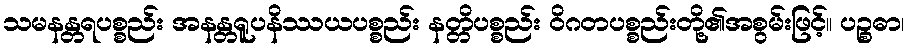
သမနန္တရပစ္စည်း အနန္တရူပနိဿယပစ္စည်း နတ္တိပစ္စည်း ဝိဂတပစ္စည်းတို့၏အစွမ်းဖြင့်။ ပဉ္စဓာ၊